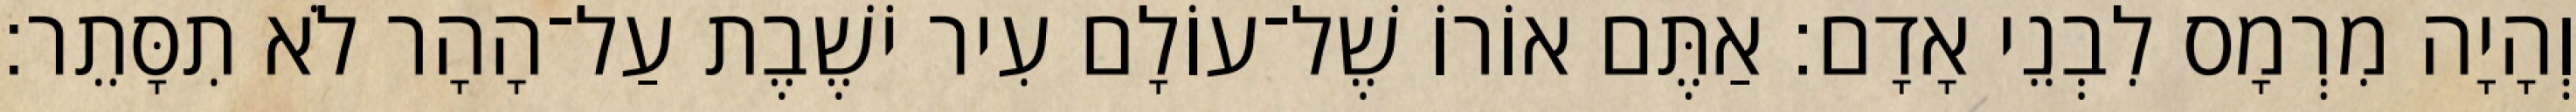
וְהָיָה מִרְמָס לִבְנֵי אָדָם׃ אַתֶּם אוֹרוֹ שֶׁל־עוֹלָם עִיר יֹשֶׁבֶת עַל־הָהָר לֹא תִסָּתֵר׃